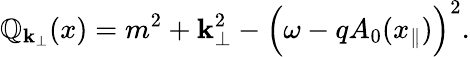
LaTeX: \mathbb{Q}_{{\mathbf{k}}_{\perp}}(x)=m^{2}+{\mathbf{k}}_{\perp}^{2}-\Bigl(\omega-qA_{0}(x_{\parallel})\Bigr)^{2}.